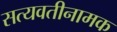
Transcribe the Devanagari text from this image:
सत्यवतीनामक